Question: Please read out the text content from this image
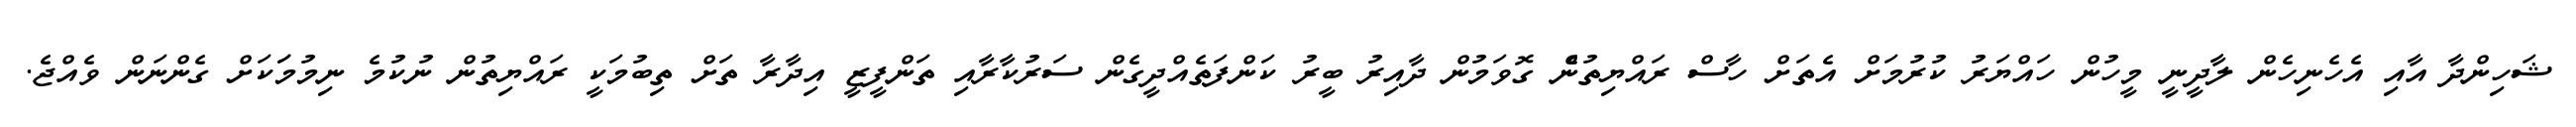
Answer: ޝަހިންދާ އާއި އެހެނިހެން ލާދީނީ މީހުން ހައްޔަރު ކުރުމަށް އެތަށް ހާސް ރައްޔިތުނެް ގޮވަމުން ދާއިރު ބީރު ކަންފަތެއްދީގެން ސަރުކާރާއި ތަންފީޒީ އިދާރާ ތަށް ތިބުމަކީ ރައްޔިތުން ނުކުމެ ނިމުމަަކަށް ގެންނަން ވެއްޖެ.